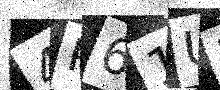
Text: 4P61UI